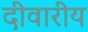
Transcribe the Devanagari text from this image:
दीवारीय